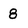
Character: 8